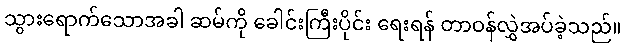
သွားရောက်သောအခါ ဆမ်ကို ခေါင်းကြီးပိုင်း ရေးရန် တာဝန်လွှဲအပ်ခဲ့သည်။